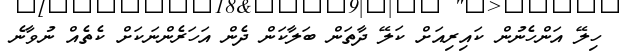
ހިލޭ އަންހެނުން ކައިރިއަށް ކަލޭ ދާތަން ބަލާކަން ދެން އަހަރެންނަކަށް ކެތެއް ނުވާނެ